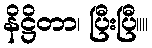
နိဋ္ဌိတာ၊ ပြီးပြီ။။